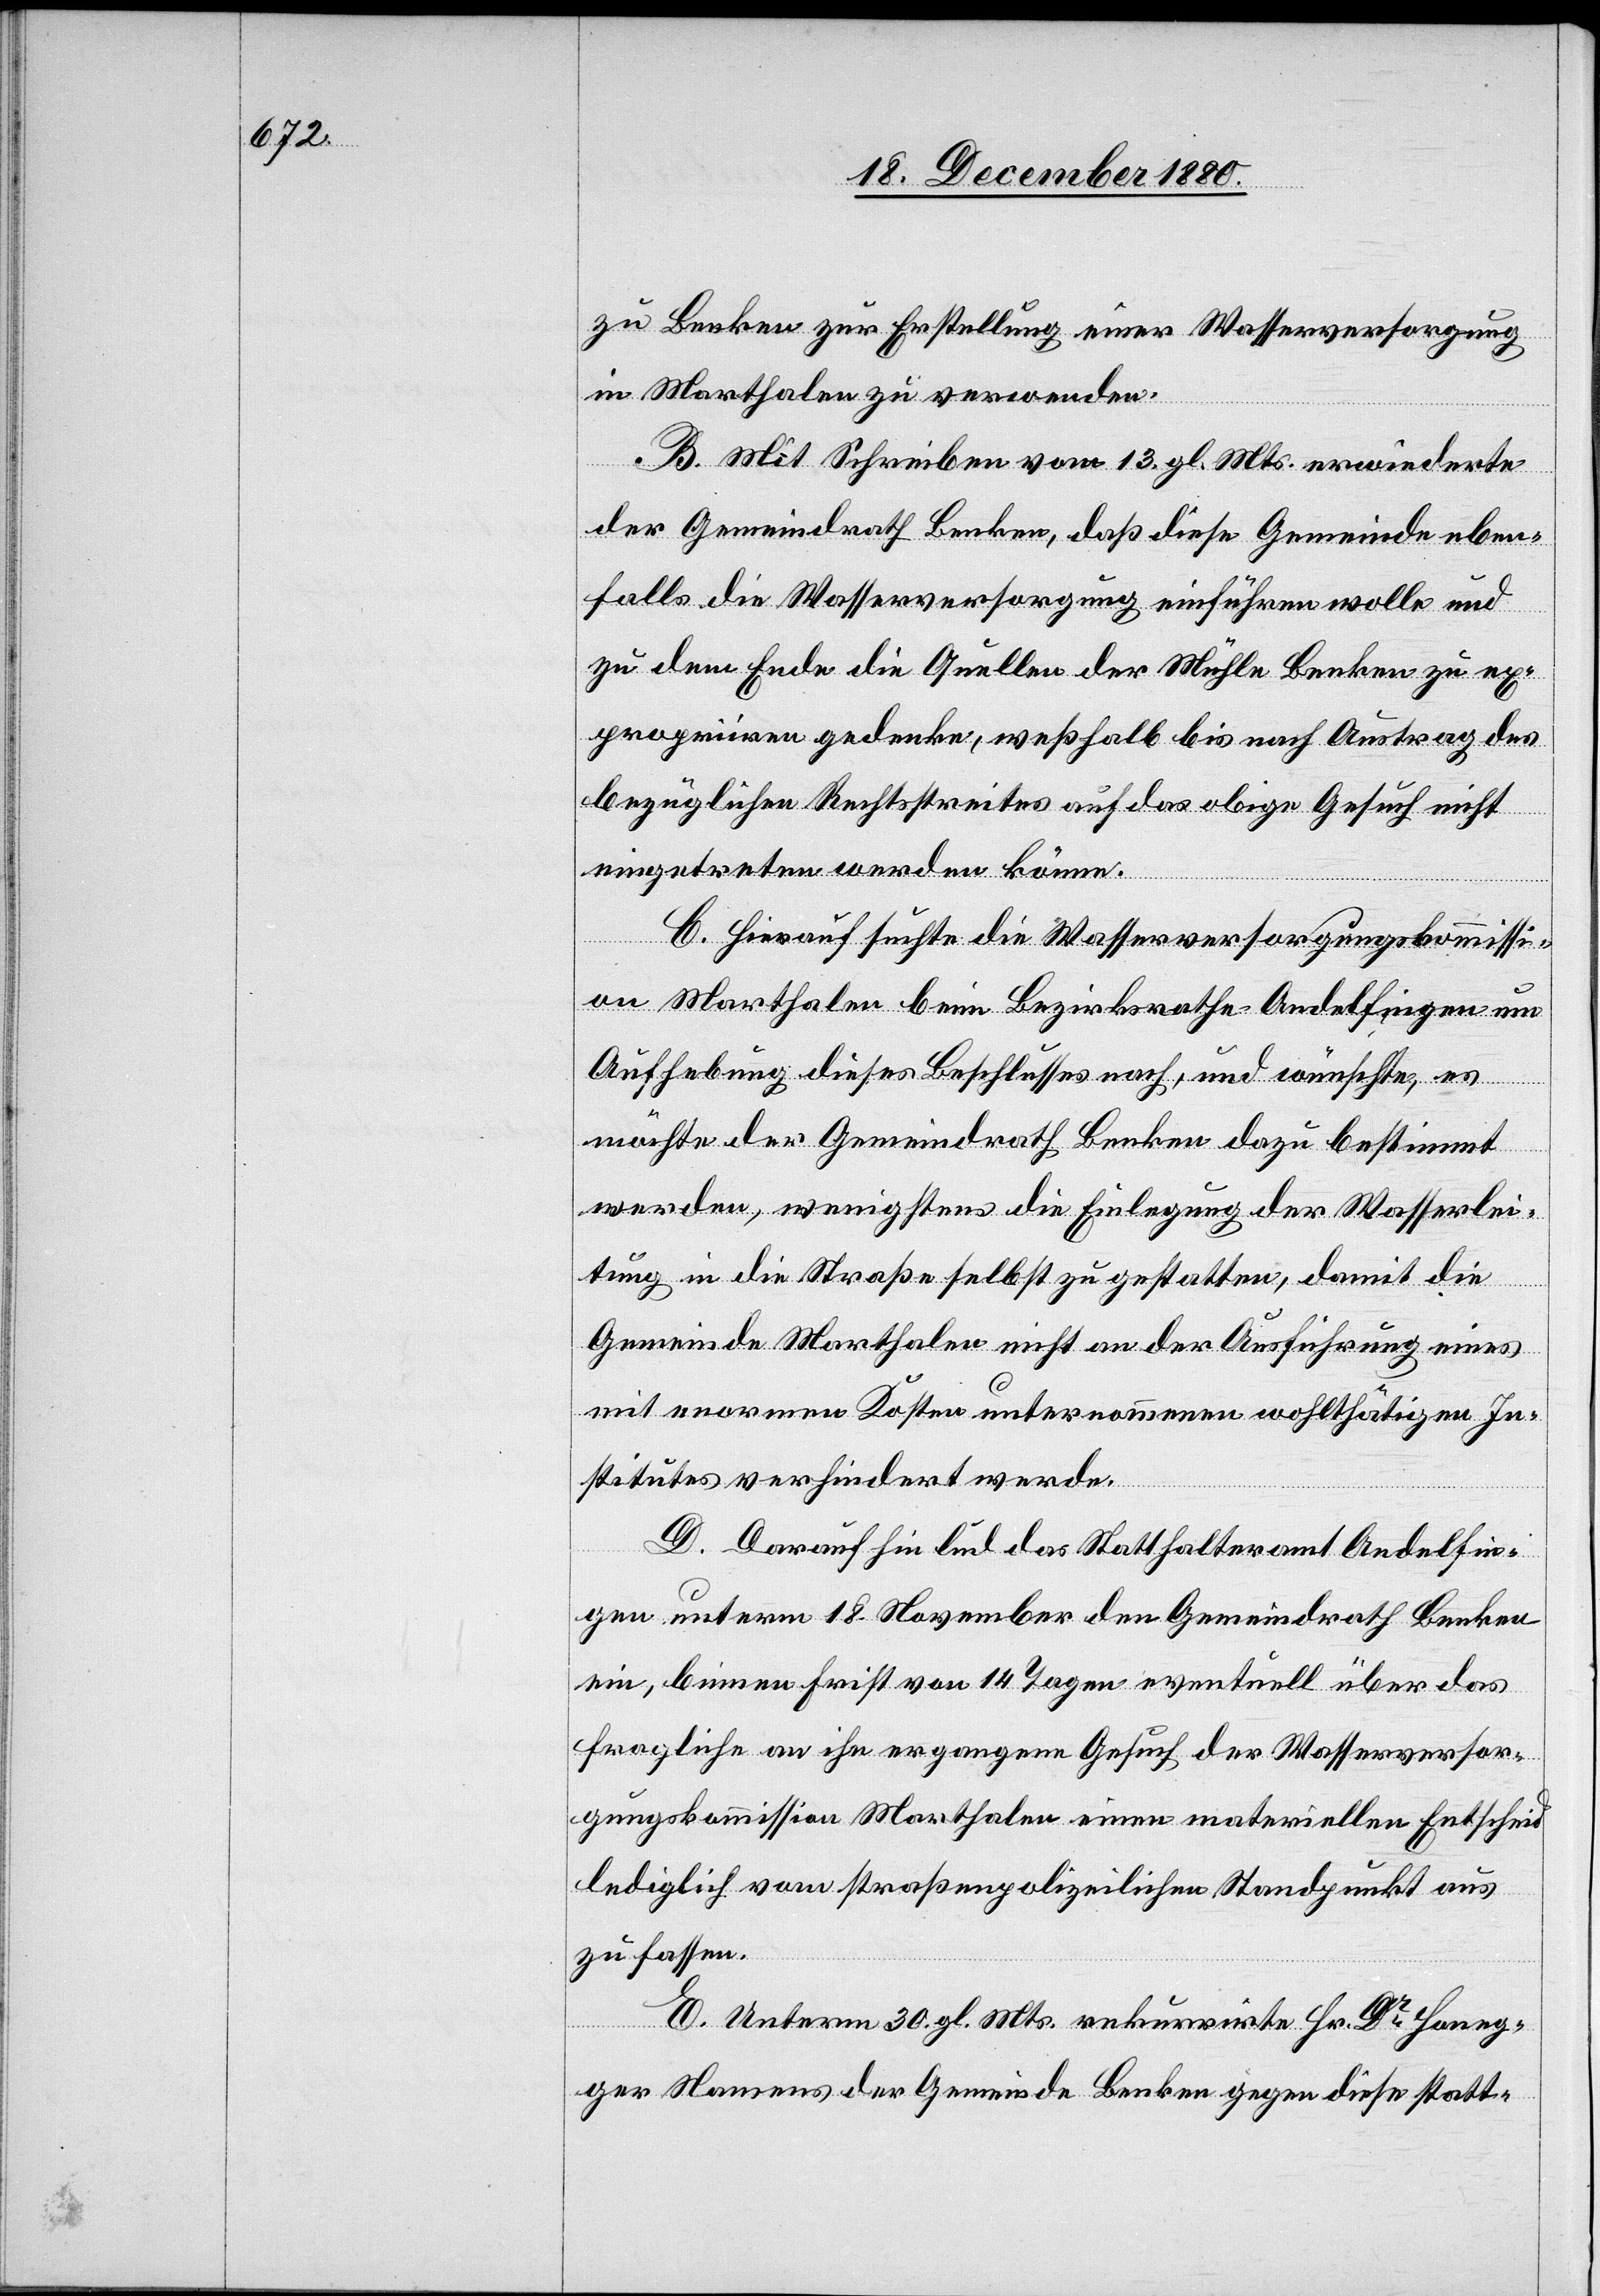
on

zu Benken zur Erstellung einer Wasserversorgung
in Marthalen zu verwenden.
B. Mit Schreiben vom 13. gl. Mts. erwiederte
der Gemeindrath Benken, daß diese Gemeinde eben¬
falls die Wasserversorgung einführen wolle und
zu dem Ende die Quellen der Mühle Benken zu ex¬
propiiren gedenke, weßhalb bis nach Austrag des
bezüglichen Rechtstreites auf das obige Gesuch nicht
eingetreten werden könne.
C. Hierauf suchte die Wasserversorgungskommissi¬
an Marthalen beim Bezirksrathe Andelfingen um
Aufhebung dieses Beschlusses nach, und wünschte, es
möchte der Gemeindrath Benken dazu bestimmt
werden, wenigstens die Einlegung der Wasserlei¬
tung in die Straße selbst zu gestatten, damit die
Gemeinde Marthalen nicht an der Ausführung eines
mit enormen Kosten unternommenen wohlthätigen In¬
stitutes verhindert werde.
D. Daraufhin lud das Statthalteramt Andelfin¬
gen unterm 18. November den Gemeindrath Benken
ein, binnen Frist von 14 Tagen eventuell über das
fragliche an ihn ergangene Gesuch der Wasserversor¬
gungskommission Marthalen einen materiellen Entscheid
lediglich vom straßenpolizeilichen Standpunkt aus
zu fassen.
E. Unterm 30. gl. Mts. rekurrirte Hr. Dr Honeg¬
ger Namens der Gemeinde Benken gegen diese statt-